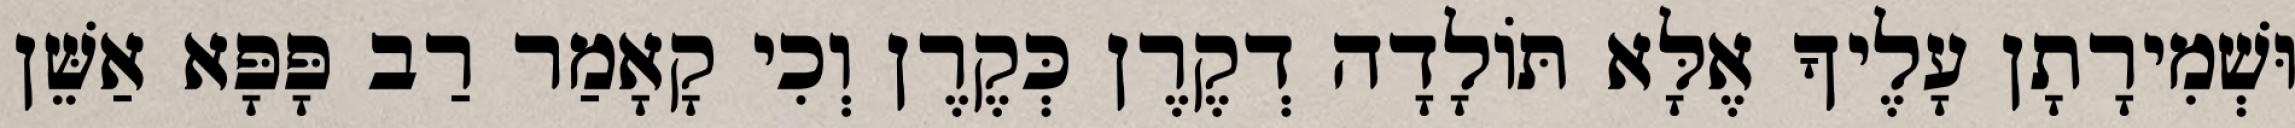
וּשְׁמִירָתָן עָלֶיךָ אֶלָּא תּוֹלָדָה דְקֶרֶן כְּקֶרֶן וְכִי קָאָמַר רַב פָּפָּא אַשֵּׁן